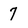
Character: 7